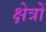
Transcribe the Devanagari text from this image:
क्ष्‍ोत्रों